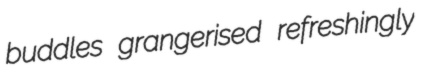
buddles grangerised refreshingly